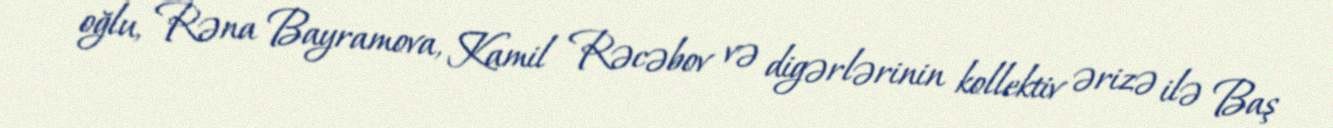
oğlu, Rəna Bayramova, Kamil Rəcəbov və digərlərinin kollektiv ərizə ilə Baş